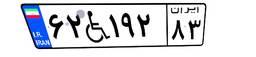
۶۲W۱۹۲۸۳